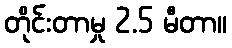
တိုင်းတာမှု 2.5 မီတာ။